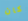
كان